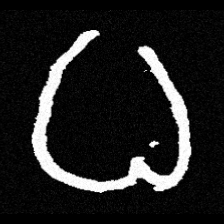
Pyu character \u2014 Myanmar letter: ဓ (romanized: dha)